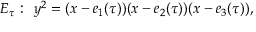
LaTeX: E _ { \tau } : \: \: y ^ { 2 } = ( x - e _ { 1 } ( \tau ) ) ( x - e _ { 2 } ( \tau ) ) ( x - e _ { 3 } ( \tau ) ) ,